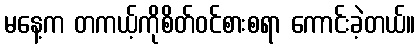
မနေ့က တကယ့်ကိုစိတ်ဝင်စားစရာ ကောင်းခဲ့တယ်။